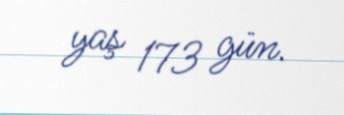
yaş 173 gün.